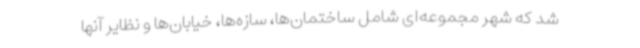
شد که شهر مجموعه‌ای شامل ساختمان‌ها، سازه‌ها، خیابان‌ها و نظایر آنها